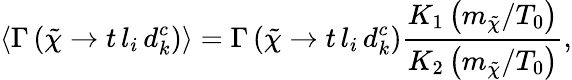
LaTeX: \left\langle\Gamma\left(\tilde{\chi}\rightarrow t\, l_{i}\, d_{k}^{c}\right)\right\rangle=\Gamma\left(\tilde{\chi}\rightarrow t\, l_{i}\, d_{k}^{c}\right)\frac{K_{1}\left(m_{\tilde{\chi}}/T_{0}\right)}{K_{2}\left(m_{\tilde{\chi}}/T_{0}\right)},